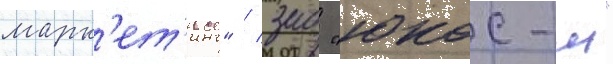
марк'ет'инг" / зао "юкос-м"